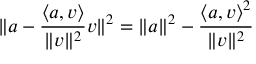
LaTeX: \| a - { \frac { \langle a , v \rangle } { \| v \| ^ { 2 } } } v \| ^ { 2 } = \| a \| ^ { 2 } - { \frac { { \langle a , v \rangle } ^ { 2 } } { \| v \| ^ { 2 } } }